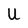
Character: U